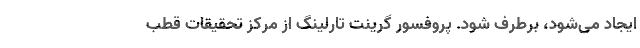
ایجاد می‌شود، برطرف شود. پروفسور گرینت تارلینگ از مرکز تحقیقات قطب